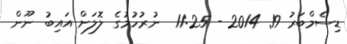
ޑިސެމްބަރު 19